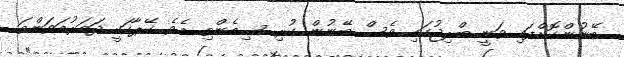
ބޭނުންކޮށްފައި ވަނީ ބްރިޖުގައި ވެސް ބޭނުން ކުރި ސިމެންތި އެވެ. ކޭޕާކަކީ ދަމަރުމަވަންތަ